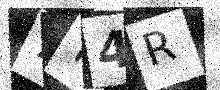
Text: 7Y4R